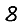
Digit: 8